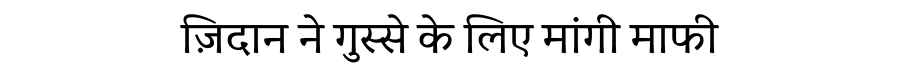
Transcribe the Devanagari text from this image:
ज़िदान ने गुस्से के लिए मांगी माफी